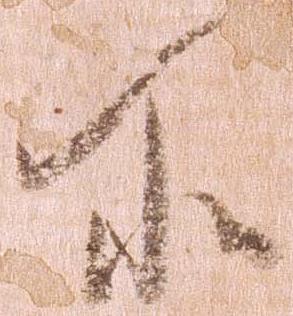
所